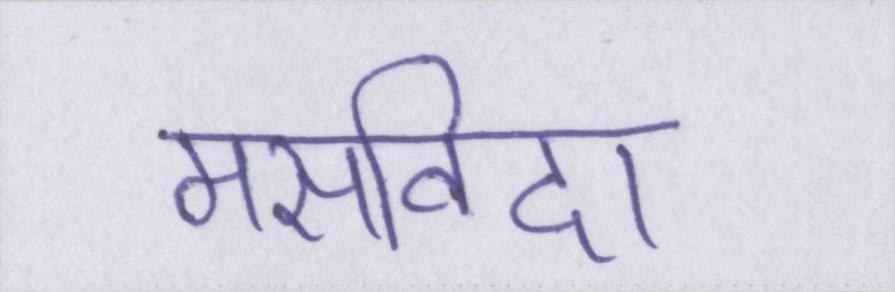
मसविदा